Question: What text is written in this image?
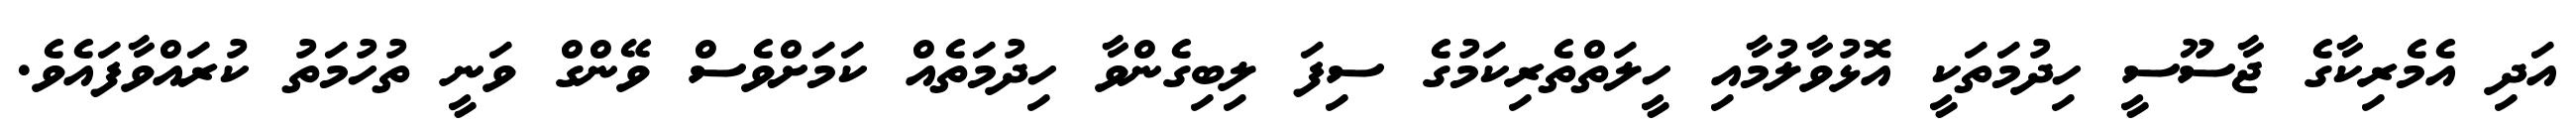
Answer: އަދި އެމެރިކާގެ ޖާސޫސީ ހިދުމަތަކީ އޮޅުވާލުމާއި ހީލަތްތެރިކަމުގެ ސިފަ ލިބިގެންވާ ހިދުމަތެއް ކަމަށްވެސް ވޭންގް ވަނީ ތުހުމަތު ކުރައްވާފައެވެ.